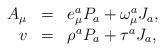
LaTeX: \begin{align*}\begin{array}{rcl} A_\mu&=&e^a_\mu P_a + \omega^a_\mu J_a, \\ v &=& \rho^a P_a + \tau^a J_a,\end{array}\end{align*}